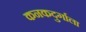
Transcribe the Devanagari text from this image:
कनकदुर्गाला